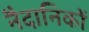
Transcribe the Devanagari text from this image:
नैदानिकों